Indian journal of veterinary science and animal husbandry - Volumes 15-17, 1948-1951
Year: 1948
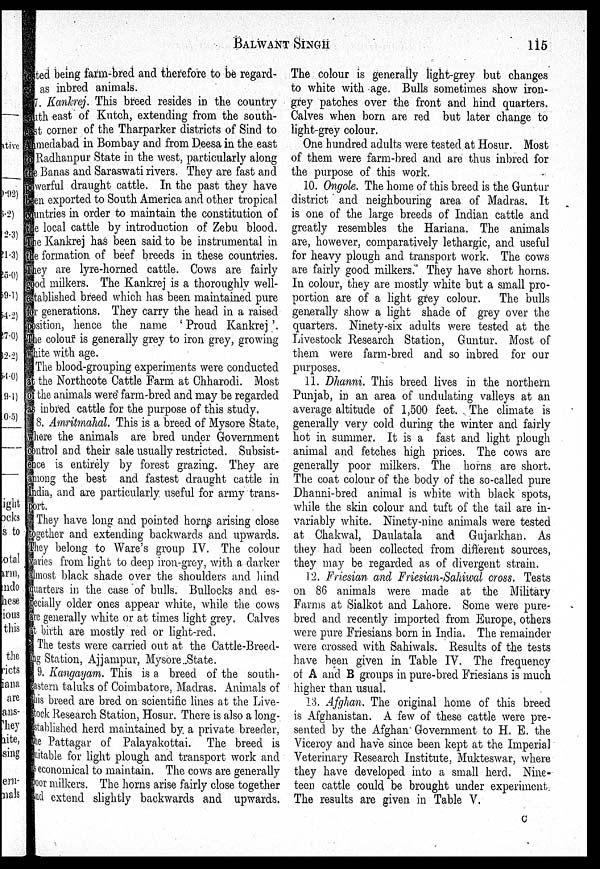
BALWANT
SINGH
115
sted being farm-bred and therefore to be regard-
as inbred animals.
7. Kankrej. This breed resides in the country
th east of Kutch, extending from the south-
st corner of the Tharparker districts of Sind to
amedabad in Bombay and from Deesa in the east
Radhanpur State in the west, particularly along
e Banas and Saraswati rivers. They are fast and
werful draught cattle. In the past they have
en exported to South America and other tropical
untries in order to maintain the constitution of
e local cattle by introduction of Zebu blood.
me Kankrej has been said to be instrumental in
f
ormation of beef breeds in these countries.
hey are lyre-horned cattle. Cows are fairly
)d milkers. The Kankrej is a thoroughly well-
ablished breed which has been maintained pure
generations. They carry the head in a raised
osition, hence the name 'Proud Kankrej'.
he colour is generally grey to iron grey, growing
hite with age.
The blood-grouping experiments were conducted
the Northcote Cattle Farm at Chharodi. Most
the animals were farm-bred and may be regarded
inbred cattle for the purpose of this study.
8. Amritmahal. This is a breed of Mysore State,
here the animals are bred under Government
ontrol and their sale usually restricted. Subsist-
nce is entirely by forest grazing. They are
mong the best and fastest draught cattle in
ndia, and are particularly useful for army trans-
ort.
They have long and pointed horns arising close
ogether and extending backwards and upwards.
they belong to Ware's group IV. The colour
aries from light to deep iron-grey, with a darker
most black shade over the shoulders and hind
quarters in the case of bulls. Bullocks and es-
ecially older ones appear white, while the cows
re generally white or at times light grey. Calves
t birth are mostly red or light-red.
The tests were carried out at the Cattle-Breed-
ng Station, Ajjampur, Mysore State.
9. Kangayam. This is a breed of the south-
astern taluks of Coimbatore, Madras. Animals of
this breed are bred on scientific lines at the Live-
stock Research Station, Hosur. There is also a long-
astablished herd maintained by. a private breeder,
the Pattagar of Palayakottai. The breed is
Suitable for light plough and transport work and
economical to maintain. The cows are generally
oor milkers. The horns arise fairly close together
find extend slightly backwards and upwards.
The colour is generally light-grey but changes
to white with age. Bulls sometimes show iron-
grey patches over the front and hind quarters.
Calves when born are red but later change to
light-grey colour.
One hundred adults were tested at Hosur. Most
of them were farm-bred and are thus inbred for
the purpose of this work.
10. Ongole. The home of this breed is the Guntur
district and neighbouring area of Madras. It
is one of the large breeds of Indian cattle and
greatly resembles the Hariana. The animals
are, however, comparatively lethargic, and useful
for heavy plough and transport work. The cows
are fairly good milkers. They have short horns.
In colour, they are mostly white but a small pro-
portion are of a light grey colour. The bulls
generally show a light shade of grey over the
quarters. Ninety-six adults were tested at the
Livestock Research Station, Guntur. Most of
them were farm-bred and so inbred for our
purposes.
11. Dhanni. This breed lives in the northern
Punjab, in an area of undulating valleys at an
average altitude of 1,500 feet. The climate is
generally very cold during the winter and fairly
hot in summer. It is a fast and light plough
animal and fetches high prices. The cows are
generally poor milkers. The horns are short.
The coat colour of the body of the so-called pure
Dhanni-bred animal is white with black spots,
while the skin colour and tuft of the tail are in-
variably white. Ninety-nine animals were tested
at Chakwal, Daulatala and Gujarkhan. As
they had been collected from different sources,
they may be regarded as of divergent strain.
12. Friesian and Friesian-Sahiwal cross. Tests
on 86 animals were made at the Military
Farms at Sialkot and Lahore. Some were pure-
bred and recently imported from Europe, others
were pure Friesians born in India. The remainder
were crossed with Sahiwals. Results of the tests
have been given in Table IV. The frequency
of A and B groups in pure-bred Friesians is much
higher than usual,
13. Afghan. The original home of this breed
is Afghanistan. A few of these cattle were pre-
sented by the Afghan Government to H. E. the
Viceroy and have since been kept at the Imperial
Veterinary Research Institute, Mukteswar, where
they have developed into a small herd. Nine-
teen cattle could be brought under experiment.
The results are given in Table V.